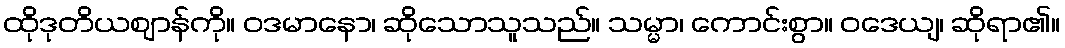
ထိုဒုတိယဈာန်ကို။ ဝဒမာနော၊ ဆိုသောသူသည်။ သမ္မာ၊ ကောင်းစွာ။ ဝဒေယျ၊ ဆိုရာ၏။